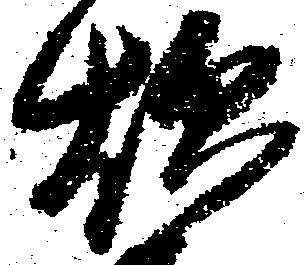
炊